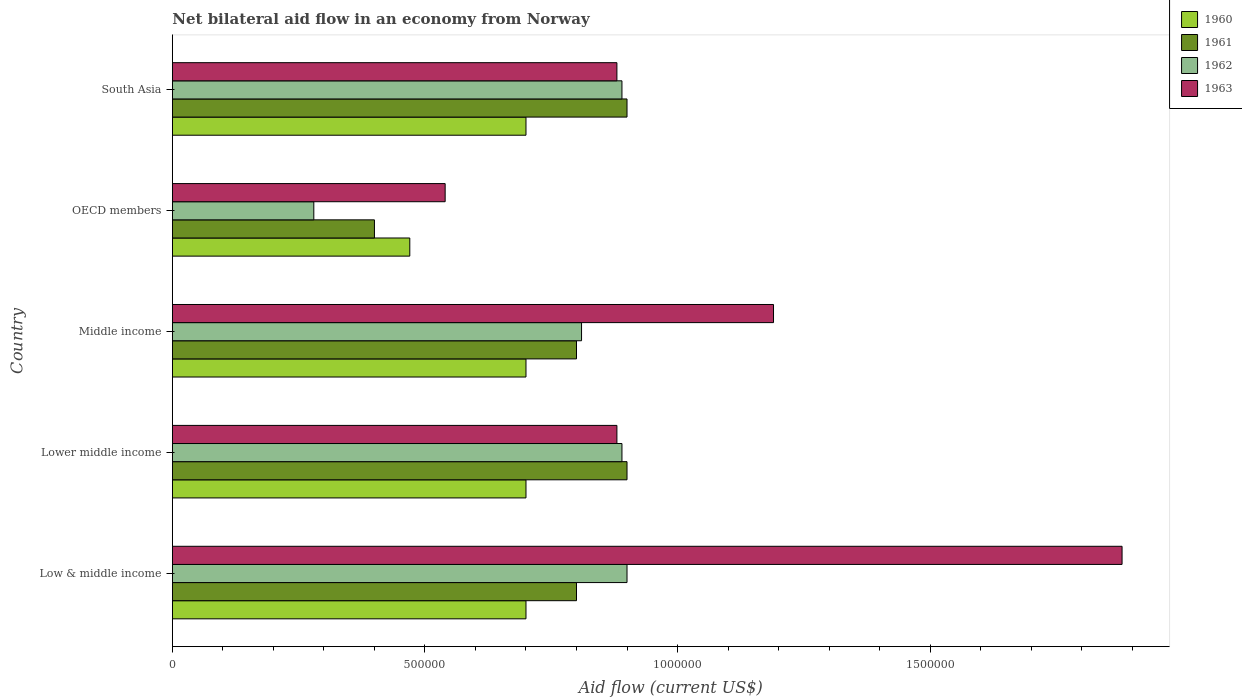
| Country | 1960 | 1961 | 1962 | 1963 |
 | --- | --- | --- | --- | --- |
 | Low & middle income | 7e+05 | 8e+05 | 9e+05 | 1.88e+06 |
 | Lower middle income | 7e+05 | 9e+05 | 8.9e+05 | 8.8e+05 |
 | Middle income | 7e+05 | 8e+05 | 8.1e+05 | 1.19e+06 |
 | OECD members | 4.7e+05 | 4e+05 | 2.8e+05 | 5.4e+05 |
 | South Asia | 7e+05 | 9e+05 | 8.9e+05 | 8.8e+05 |